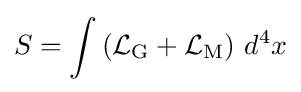
S=\int \left({\mathcal {L}}_{\mathrm {G} }+{\mathcal {L}}_{\mathrm {M} }\right)\,d^{4}x